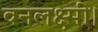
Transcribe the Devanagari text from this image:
वनलक्ष्मी।